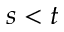
s < t